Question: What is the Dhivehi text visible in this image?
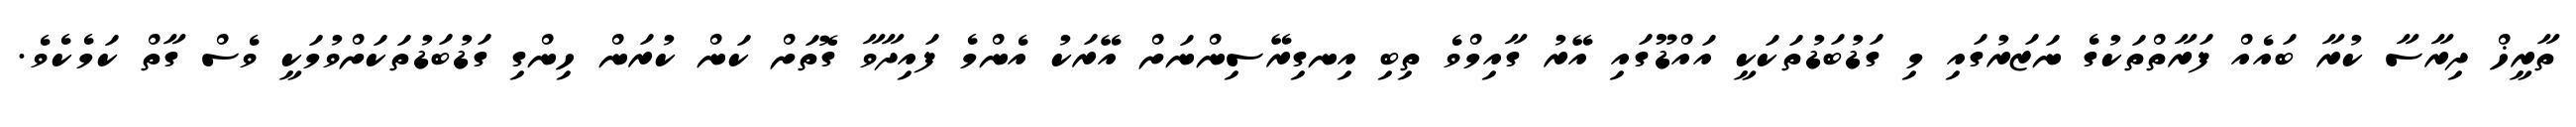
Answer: ތާރީޚް ދިރާސާ ކުރާ ބައެއް ފަރާތްތަކުގެ ނަޒަރުގައި މި ގަޑުބަޑުތަކަކީ އައްޑޫގައި އޭރު ގާއިމްވެ ތިބި އިނގިރޭސިންނަށް އޭރަކު އެންމެ ފައިދާވާ ގޮތަށް ކަން ކުރަން ހިންގި ގަޑުބަޑުތަކަށްވުމަކީ ވެސް ގާތް ކަމެކެވެ.